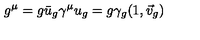
g ^ { \mu } = g \bar { u } _ { g } \gamma ^ { \mu } u _ { g } = g \gamma _ { g } ( 1 , \vec { v } _ { g } )